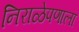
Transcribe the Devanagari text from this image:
निराळेपणाला